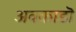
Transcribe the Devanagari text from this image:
अवकाडॊ